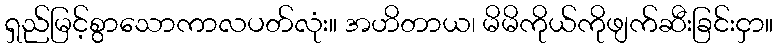
ရှည်မြင့်စွာသောကာလပတ်လုံး။ အဟိတာယ၊ မိမိကိုယ်ကိုဖျက်ဆီးခြင်းငှာ။